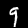
Digit: 9